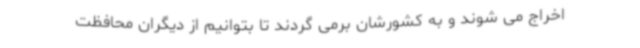
اخراج می شوند و به کشورشان برمی گردند تا بتوانیم از دیگران محافظت